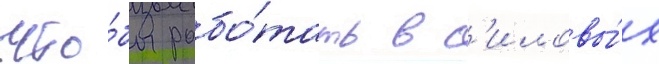
что́бы рабо́тать в с'иловы́х